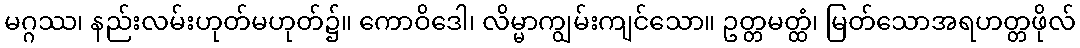
မဂ္ဂဿ၊ နည်းလမ်းဟုတ်မဟုတ်၌။ ကောဝိဒေါ၊ လိမ္မာကျွမ်းကျင်သော။ ဥတ္တမတ္ထံ၊ မြတ်သောအရဟတ္တဖိုလ်